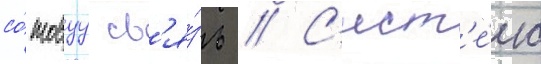
со́товуу св'я́зь // С'ист'е́ма